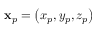
\mathbf { x } _ { p } = \left( x _ { p } , y _ { p } , z _ { p } \right)